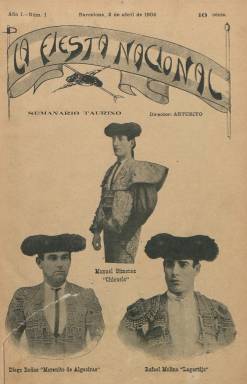
Título: La Fiesta nacional (Barcelona)
Otros títulos: Fiesta nacional (Madrid)
Colección: Toros
Ámbito geográfico: Barcelona
Lugar de publicación: Barcelona
Fechas: 02/04/1904-28/12/1908

Semanario taurino ilustrado que se publica en Barcelona desde el dos de abril de 1904 (aparecerá los sábados) en entregas de doce páginas, que después irá aumentando hasta alcanzar las dieciocho, compuestas a dos columnas, y con gran profusión de fotografías –muchas de ellas coloreadas- de retratos de toreros, novilleros, cuadrillas, ganaderos, cosos taurinos, de los principales lances de las corridas de toros y público asistente a las mismas, celebradas tanto en la ciudad en la que se edita como en las demás plazas de las principales ciudades españolas, Portugal, sur de Francia y de países hispanoamericanos.

Bajo su cabecera se indica que su director es Arturiyo, seudónimo del aficionado Arturo Lloréns, que fallecerá en 1926, y que previamente había dirigido también en la misma capital catalana otro semanario de la misma naturaleza con el título El imparcial taurino (1898). En esta aventura periodística le acompaña su hermano Orestes Lloréns que, junto a Arturo, escribirán artículos en las páginas de una publicación que ofrecerá crónicas y reseñas de los festejos taurinos, entrevistas, semblanzas biográficas y artículos sobre tauromaquia, además de otros de índole literaria o poética, programas taurinos y noticias breves sobre la denominada fiesta nacional, así como una guía taurina de matadores y ganaderos y algunos anuncios comerciales. También insertará cuadros estadísticos de los festejos celebrados.

Su portada la ocupa siempre una gran fotografía, generalmente coloreada, y, además de las interesantes “instantáneas” de las corridas y otros eventos taurinos, insertará dos series de láminas fuera de texto con retratos asimismo coloreados de toreros y de algún famoso revistero. También en sus páginas centrales publica reproducciones de obras pictóricas y en otras, historietas de humor gráfico, además de dibujos, ilustraciones todas ellas de temática taurina.

Contará con un nutrido número de corresponsales tanto literarios como gráficos. Además de algunas iniciales, entre las firmas que aparecen bajo sus textos se encuentran, junto a la de Arturiyo y la de su hermano Orestes Lloréns, las de Eduardo Blasco, Eduardo del Palacio, Francisco Moya, David García, Carlos Olmedo, Manuel Roca, Gerardo Fernández, Joaquín Blanch y Lladó, M.G. Amado o la de Lola Ramos; así como las de los seudónimos D. Hermógenes, Sustito, K. Pote, K. Pita, Saliditas, Festivo, Castigo o Capotazos; y entre los autores de sus “instantáneas”, los apellidos de los foógrafos Irigoyen, Anglada o Vidal.

En sus páginas –que no fueron foliadas- se criticará a los detractores y abolicionistas de las corridas de toros, que eran muchos en número en Barcelona –escribió Orestes Lloréns. Por su parte, su hermano, aparecerá como apoderado del diestro Félix Velasco (1873-1923). A partir del número 221, correspondiente al 27 de agosto de 1908, empieza a editarse en Madrid, a donde se había trasladado Orestes Lloréns, del que se dice que era entonces su director. El último número –el 239- de la colección de este título en la Biblioteca Nacional de España corresponde al 28 de diciembre de 1908. Publica algún índice anual de materias y se desconoce si continuó publicándose. Orestes y Arturo Lloréns aparecieron como propietarios-directores de una revista, también profusamente ilustrada y escasamente conocida que, con el título X y el subtítulo “semanario ilustrado de política y sociedad”, se editó también Barcelona en torno a 1906 y 1907.